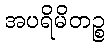
အပရိမိတဉ္စ